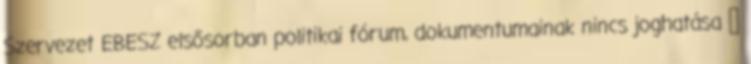
Szervezet EBESZ elsősorban politikai fórum, dokumentumainak nincs joghatása 